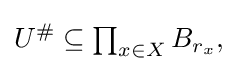
{\textstyle U^{\#}\subseteq \prod _{x\in X}B_{r_{x}},}